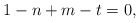
\begin{align*}1 - n + m - t = 0,\end{align*}